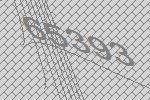
65393